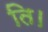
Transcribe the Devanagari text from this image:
ति।